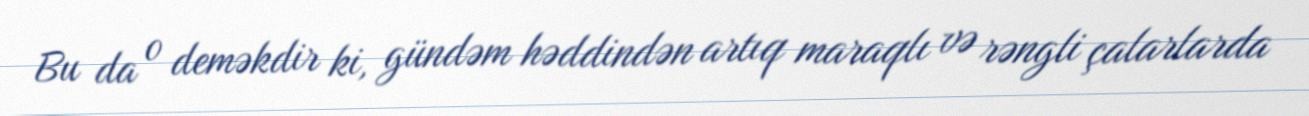
Bu da o deməkdir ki, gündəm həddindən artıq maraqlı və rəngli çalarlarda